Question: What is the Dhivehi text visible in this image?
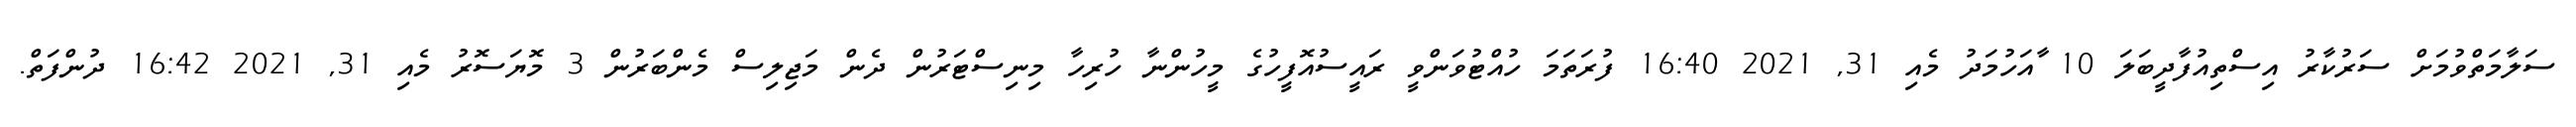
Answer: ސަލާމަތްވުމަށް ސަރުކާރު އިސްތިއުފާދީބަލަ 10 ާއަހުމަދު މެއި 31, 2021 16:40 ފުރަތަމަ ހުއްޓުވަންވީ ރައީސުއޮފީހުގެ މީހުންނާ ހުރިހާ މިނިސްޓަރުން ދެން މަޖިލިސް މެންބަރުން 3 މޮޔަސޮރު މެއި 31, 2021 16:42 ދުންފަތް.